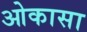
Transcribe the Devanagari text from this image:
ओकासा